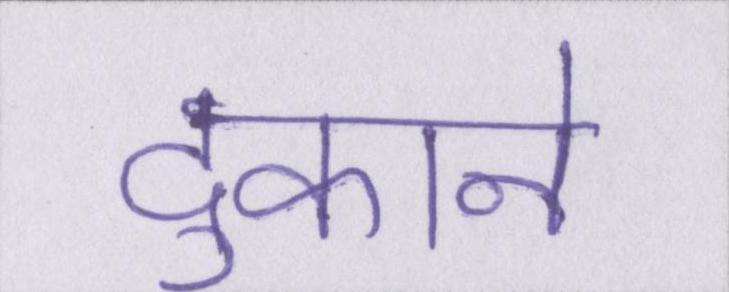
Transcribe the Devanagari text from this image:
दुकाने